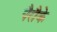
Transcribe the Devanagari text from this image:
पैरौके